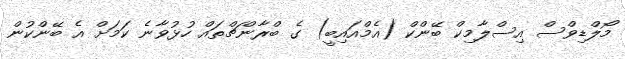
މޯލްޑިވްސް އިސްލާމިކް ބޭންކް (އެމްއައިބީ) ގެ ބްރާންޗްތައް ހުޅުވާނެ ކަމަށް އެ ބޭންކުން